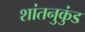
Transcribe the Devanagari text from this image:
शांतनुकुंड